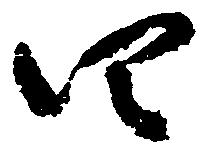
四